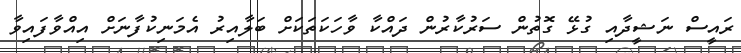
ރައީސް ނަޝީދާއި ގުޅޭ ގޮތުން ސަރުކާރުން ދައްކާ ވާހަކަތަކަށް ބަލާއިރު އެމަނިކުފާނަށް އިއްވާފައިވާ